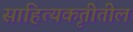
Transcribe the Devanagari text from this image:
साहित्यकृतीतील